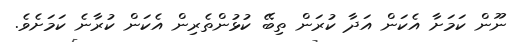
ނޫން ކަމަށާ އެކަން އަދާ ކުރަން ތިބޭ ކުޅުންތެރިން އެކަން ކުރާނެ ކަމަށެވެ.